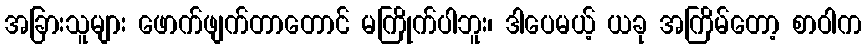
အခြားသူများ ဖောက်ဖျက်တာတောင် မကြိုက်ပါဘူး၊ ဒါပေမယ့် ယခု အကြိမ်တော့ စာဝါက